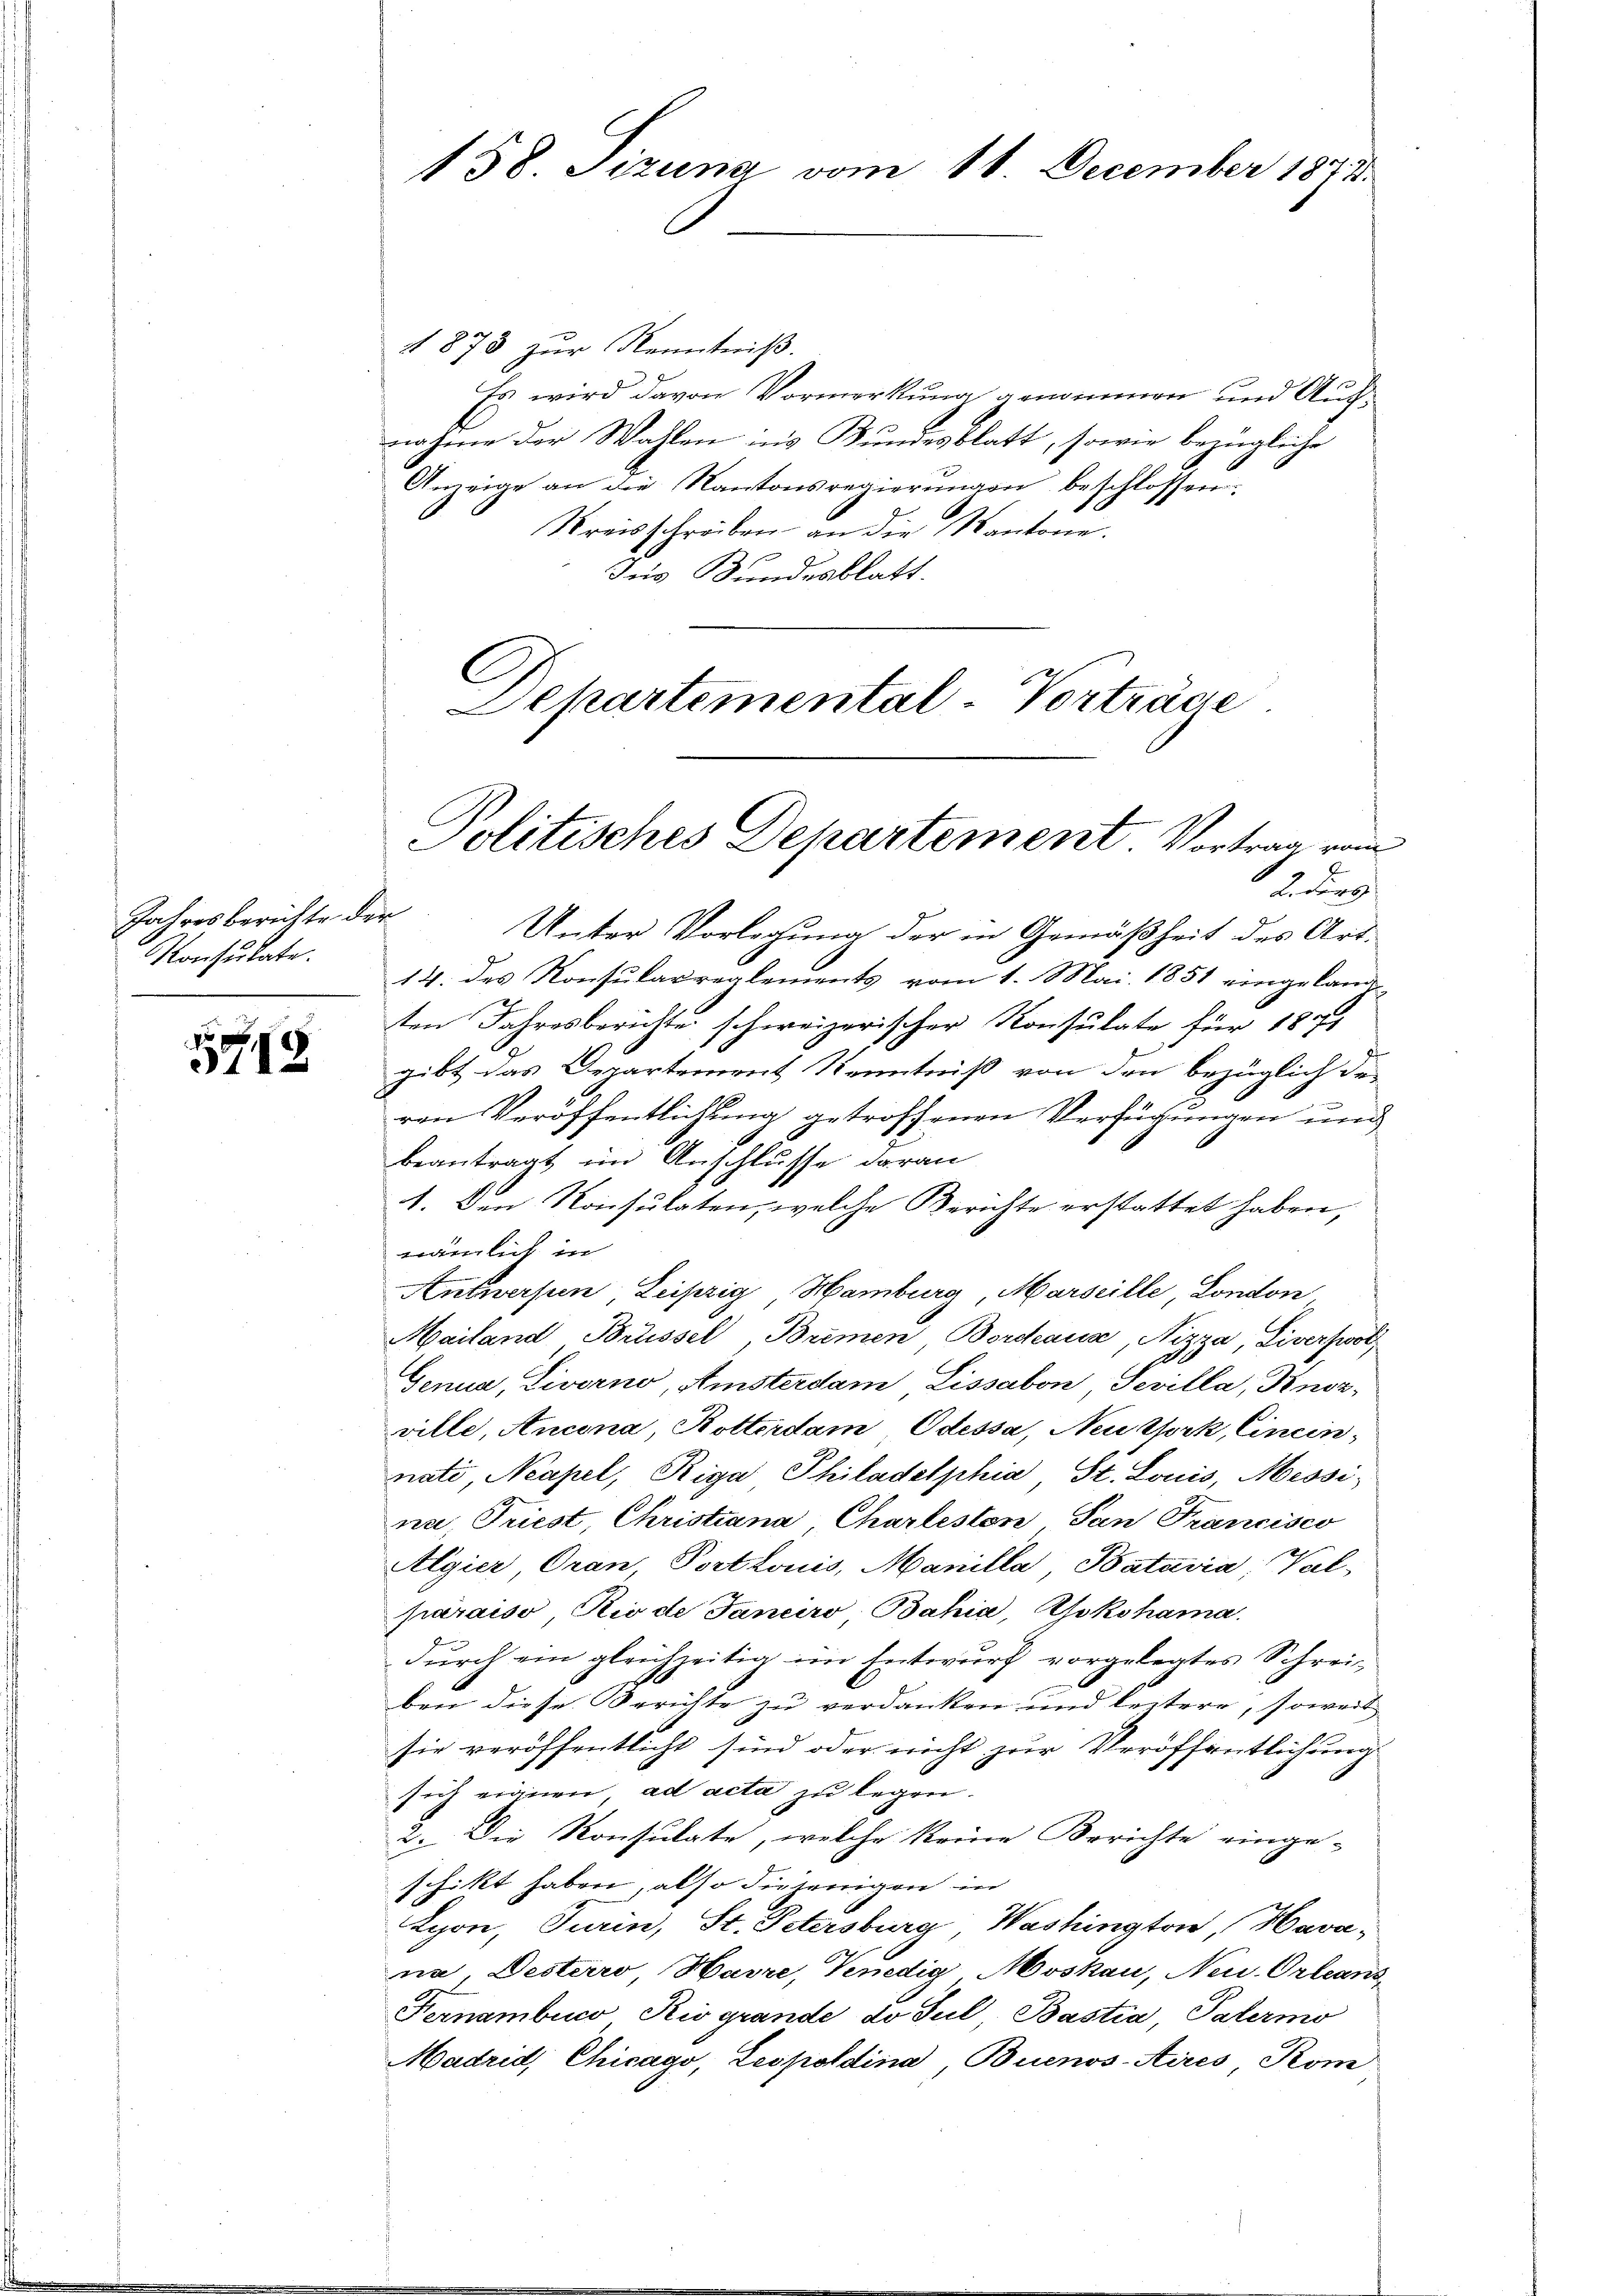
Jahresberichte der
Konsulate.

5798

1878 zŭr Kenntniβ.
Es wird davon Vormerkung genommen und Auchnahme der Wahlen ins Bundesblatt, sowie bezügliche
Anzeige an die Kantonsregierŭngen beschlossen:
Kreisschreiben an die Kantone.
3 f
Ins Bundesblatt.

158. Sizung vom 11. December 1873.

Separtemental-Vorträge
Politisches Departement Vortrag vom
tirung

Unter Vorlegung der in Gemäßheit des Art.
14. des Konsularreglements vom 1. Mai 1851 eingelang
ten Jahresberichte schweizerischer Konsulate für 1871
gibt das Departemont Kenntniß von den bezüglich de
ren Veröffentlichung getroffenen Verfügungen und
beantragt im Anschlusse daran
1. Den Konsulaten, welche Berichte erstattet haben,
nämlich in
Antwerpen Leipzig Hamburg, Marseille London
Mailand Brüssel, Bremen Bordeaua, Nizza, Liverswotz
Genua, Livorno, Amsterdam Lissabon Sevilla, Pinsz
ville, Ancona, Rotterdam Odessa, Neu York, Cinein-
nati Neapel, Riga Philadelphia, St. Louis, Messi-
na Triest, Christiana Charleston San Francisco
Algier Oran, Portonis, Manilla, Batavia; Val-
paraiso Rio de Janeiro Bahia, Yokohama.
durch ein gleichzeitig im Entwurf vorgelegtes Schrei
ben diese Berichte zu verdanken und leitere, soweit
sie veröffentlicht sind oder nicht zur Veröffentlichung
sich eignen, ad acta zu legen.
2. Die Konsulate, welche keine Berichte einge-
schickt haben, also diejenigen in
Lyon, Turin, St. Petersburg, Washington, Havane Desterro Havre, Venedig Moskau, Neu-Orleans
Fernembuco Riogrande, do Jul Bastia, Palermo
Madrid, Chicago, Leopoldina Buenos-Aires, Kom